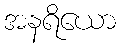
အနရိယော